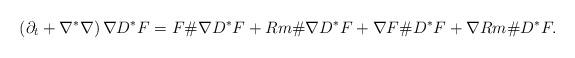
LaTeX: \begin{align*}\left( \partial_t + \nabla^* \nabla \right) \nabla D^*F = F \# \nabla D^*F + Rm \# \nabla D^*F + \nabla F \# D^*F + \nabla Rm \# D^*F.\end{align*}